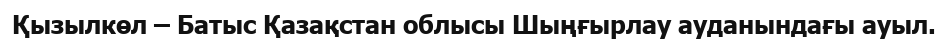
Қызылкөл – Батыс Қазақстан облысы Шыңғырлау ауданындағы ауыл.